On kala azar, malaria and malarial cachexia - Number 19
Disease focus: Malaria
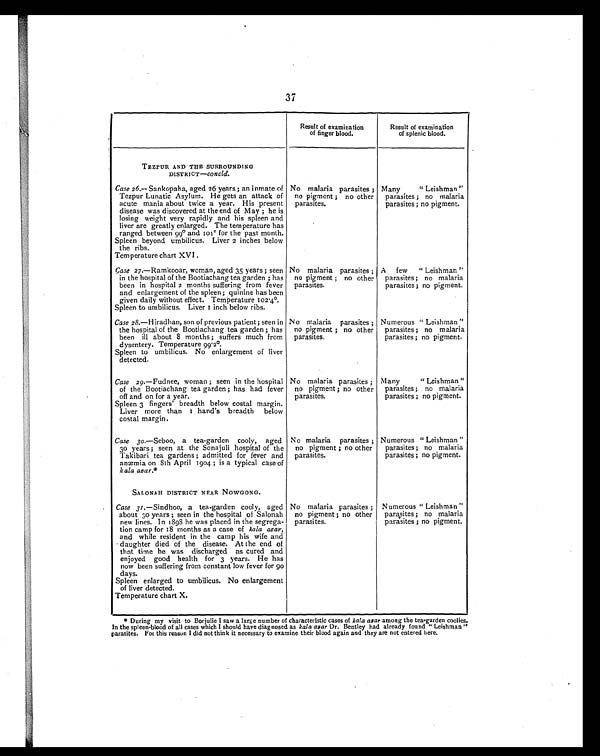
37
Result of examination
of finger blood.
Result of examination
of splenic blood.
TEZPUR AND THE SURROUNDING
DISTRICT—concld.
Case 26.— Sankopaha, aged 26 years ; an inmate of
Tezpur Lunatic Asylum. He gets an attack of
acute mania about twice a year. His present
disease was discovered at the end of May ; he is
losing weight very rapidly and his spleen and
liver are greatly enlarged. The temperature has
ranged between 99° and 101° for the past month.
Spleen beyond umbilicus. Liver 2 inches below
the ribs.
Temperature chart XVI .
No malaria parasites ;
no pigment ; no other
parasites.
Many
" Leishman "
parasites ; no malaria
parasites ; no pigment.
Case 27.—Ramkooar, woman, aged 35 years ; seen
in the hospital of the Bootiachang tea garden • has
been in hospital 2 months suffering from fever
and enlargement of the spleen ; quinine has been
given daily without effect. Temperature 102.4°.
Spleen to umbilicus. Liver I inch below ribs.
No malaria parasites ;
no pigment ; no other
parasites.
A few
" Leishman "
parasites ; no malaria
parasites ; no pigment.
Case 28.—H iradhan, son of previous patient ; seen in
the hospital of the Bootiachang tea garden ; has
been ill about 8 months ; suffers much from
dysentery. Temperature 99.2°.
Spleen to umbilicus. No enlargement of liver
detected.
No malaria parasites ;
no pigment ; no other
parasites.
Numerous " Leishman "
parasites ; no malaria
parasites ; no pigment.
Case 29.—Fudnee, woman ; seen in the hospital
of the Bootiachang tea garden ; has had fever
off and on for a year.
Spleen 3 fingers breadth below costal margin.
Liver more than
1 h a n d ' s
b r e a d t h
b e l o w
costal margin.
No malaria parasites ;
no pigment ; no other
parasites.
Many
" Leishman "
parasites ; no malaria
parasites ; no pigment.
Case 30.—Seboo, a tea-garden cooly, aged
30 years ; seen at the Sonajuli hospital of the
Takibari tea gardens ; admitted for fever and
anæmia on 8th April 1904 ; is a typical case of
kala azar.*
N o malaria parasites ;
no pigment ; no other
parasites.
Numerous " Leishman "
parasites ; no malaria
parasites ; no pigment.
SALONAH DISTRICT NEAR NOWGONG.
Case 31.—Sindhoo, a tea-garden cooly, aged
about 30 years ; seen in the hospital of Salonah
new lines. In 1898 he was placed in the segrega-
tion camp for 18 months as a case of kala agar,
and while resident in the camp his wife and
daughter died of the disease. At the end of
that time he was discharged as cured and
enjoyed good health for 3 years. He has
now been suffering from constant low fever for go
days.
Spleen enlarged to umbilicus. No enlargement
of liver detected.
Temperature chart X.
No malaria parasites ;
no pigment ; no other
parasites.
Numerous " Leishman "
parasites ; no malaria
parasites ; no pigment.
* During my visit to Borjulie I saw a large number of characteristic cases of kala afar among the tea-garden coolies.
In the spleen-blood of all cases which I should have diagnosed as kala agar Dr. Bentley had already found ' Leishman "
parasites. For this reason I did not think it necessary to examine their blood again and they are not entered here.